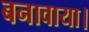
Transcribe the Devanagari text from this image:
बनावाया।